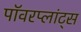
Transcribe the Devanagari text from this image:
पॉवरप्लांट्स